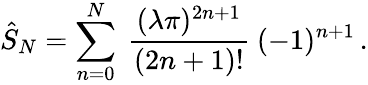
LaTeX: \hat{S}_{N}=\sum_{n=0}^{N}\ {\frac{(\lambda\pi)^{2n+1}}{(2n+1)!}}\ (-1)^{n+1}\, .